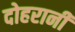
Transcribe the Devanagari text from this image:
दोहरानी